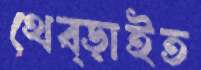
থেব্‌ড়াইত